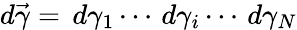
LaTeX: d\vec{\gamma}=\, d{\gamma}_{1}\dotsm\, d{\gamma}_{i}\dotsm\, d{\gamma}_{N}